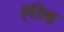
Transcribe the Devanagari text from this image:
ऍडिथ़